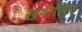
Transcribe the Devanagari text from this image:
खगोलिए